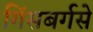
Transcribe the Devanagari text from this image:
गिंसबर्गसे